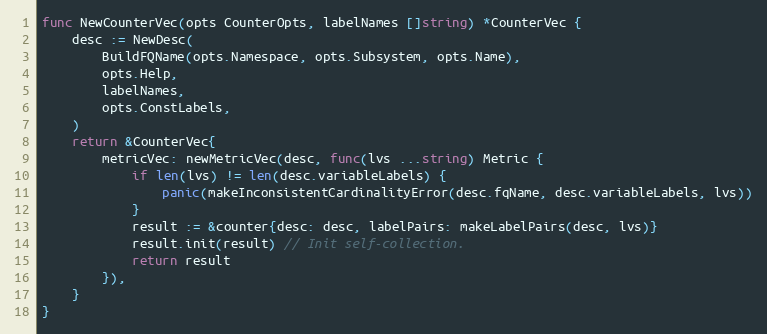
Language: Go
func NewCounterVec(opts CounterOpts, labelNames []string) *CounterVec {
	desc := NewDesc(
		BuildFQName(opts.Namespace, opts.Subsystem, opts.Name),
		opts.Help,
		labelNames,
		opts.ConstLabels,
	)
	return &CounterVec{
		metricVec: newMetricVec(desc, func(lvs ...string) Metric {
			if len(lvs) != len(desc.variableLabels) {
				panic(makeInconsistentCardinalityError(desc.fqName, desc.variableLabels, lvs))
			}
			result := &counter{desc: desc, labelPairs: makeLabelPairs(desc, lvs)}
			result.init(result) // Init self-collection.
			return result
		}),
	}
}